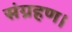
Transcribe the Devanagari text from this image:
संग्रहण।